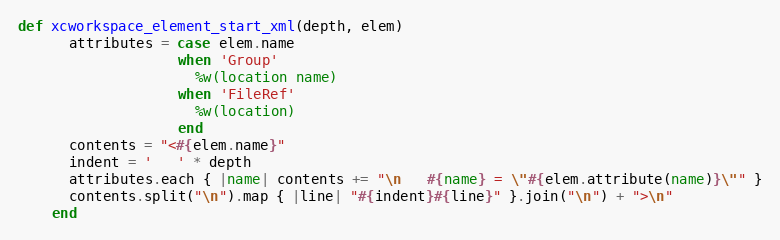
Language: Ruby
def xcworkspace_element_start_xml(depth, elem)
      attributes = case elem.name
                   when 'Group'
                     %w(location name)
                   when 'FileRef'
                     %w(location)
                   end
      contents = "<#{elem.name}"
      indent = '   ' * depth
      attributes.each { |name| contents += "\n   #{name} = \"#{elem.attribute(name)}\"" }
      contents.split("\n").map { |line| "#{indent}#{line}" }.join("\n") + ">\n"
    end